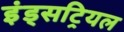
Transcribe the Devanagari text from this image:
इंड्सट्रियल